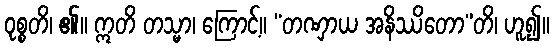
ဝုစ္စတိ၊ ၏။ ဣတိ တသ္မာ၊ ကြောင့်။ “တဏှာယ အနိဿိတော”တိ၊ ဟူ၍။